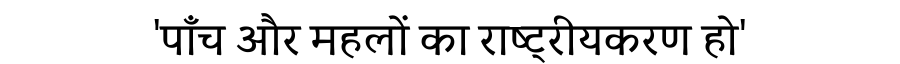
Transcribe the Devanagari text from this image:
'पाँच और महलों का राष्ट्रीयकरण हो'